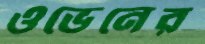
ওভেনের